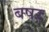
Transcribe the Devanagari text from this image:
बषर